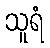
သူရံ